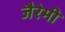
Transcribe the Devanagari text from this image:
जैरेमी